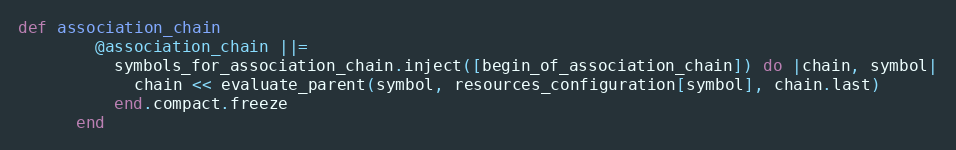
Language: Ruby
def association_chain
        @association_chain ||=
          symbols_for_association_chain.inject([begin_of_association_chain]) do |chain, symbol|
            chain << evaluate_parent(symbol, resources_configuration[symbol], chain.last)
          end.compact.freeze
      end